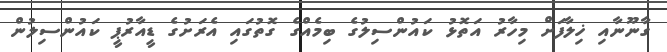
ގާނޫނާއި ޚިލާފަށް މިހާރު އަތޮޅު ކައުންސިލުގެ ބިމެއްގެ ގޮތުގައި އެރަށުގެ ޑީއާރުޕީ ކައުންސިލުން